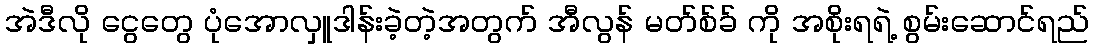
အဲဒီလို ငွေတွေ ပုံအောလှူဒါန်းခဲ့တဲ့အတွက် အီလွန် မတ်စ်ခ် ကို အစိုးရရဲ့ စွမ်းဆောင်ရည်